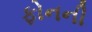
ફોનની